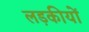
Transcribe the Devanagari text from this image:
लड़कीयों